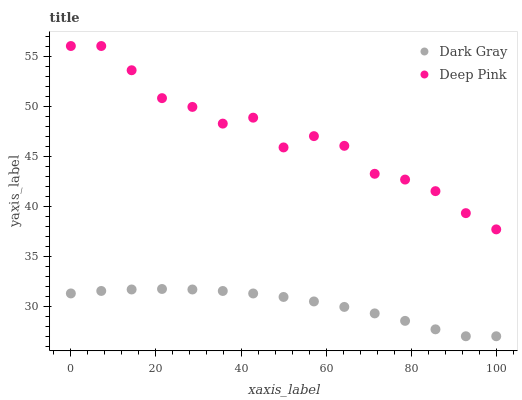
| xaxis_label | Dark Gray | Deep Pink |
 | --- | --- | --- |
 | 0 | 31.3 | 56 |
 | 7.14 | 31.5 | 56 |
 | 14.3 | 31.7 | 53.6 |
 | 21.4 | 31.7 | 50.8 |
 | 28.6 | 31.7 | 49.9 |
 | 35.7 | 31.5 | 48.2 |
 | 42.9 | 31.3 | 48.8 |
 | 50 | 30.9 | 45.9 |
 | 57.1 | 30.5 | 47 |
 | 64.3 | 29.9 | 46 |
 | 71.4 | 29.3 | 43.2 |
 | 78.6 | 28.5 | 42.7 |
 | 85.7 | 27.7 | 41.5 |
 | 92.9 | 27 | 39.3 |
 | 100 | 27 | 37.7 |